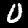
Label: 0